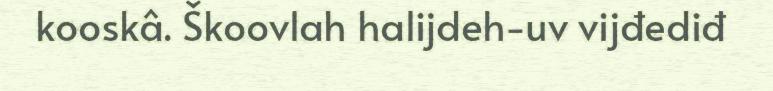
kooskâ. Škoovlah halijdeh-uv vijđediđ